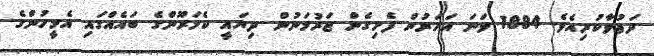
ދަޢުވާކުރިއެވެ. 1884 ވަނަ އަހަރުން ފެށިގެން ޖަރުމަނުން ދިޔައީ ކެމަރޫންގެ ބައެއްގައި އެމީހުންގެ